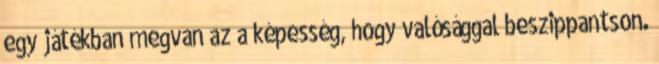
egy játékban megvan az a képesség, hogy valósággal beszippantson.